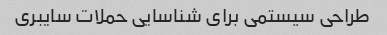
طراحی سیستمی برای شناسایی حملات سایبری